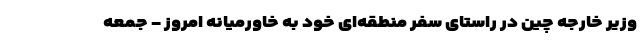
وزیر خارجه چین در راستای سفر منطقه‌ای خود به خاورمیانه امروز - جمعه